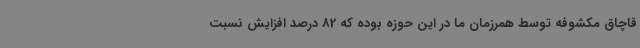
قاچاق مکشوفه توسط همرزمان ما در این حوزه بوده که 82 درصد افزایش نسبت